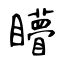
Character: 矒